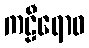
ကဠီရောဝ